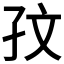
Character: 𪦹